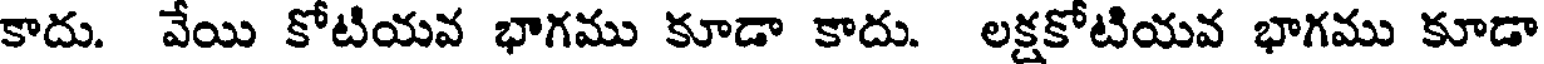
కాదు. వేయి కోటియవ భాగము కూడా కాదు. లక్షకోటియవ భాగము కూడా